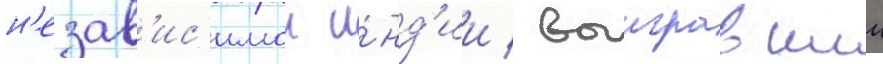
н'езав'ис'имои и́нд'ии / выигравшии